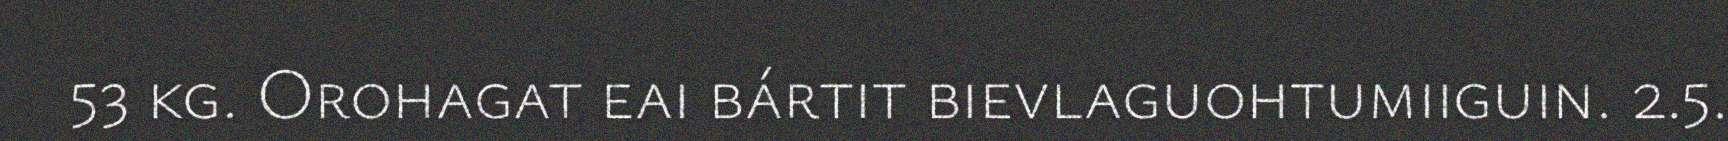
53 kg. Orohagat eai bártit bievlaguohtumiiguin. 2.5.